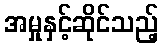
အမှုနှင့်ဆိုင်သည့်